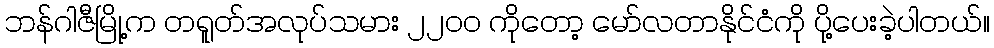
ဘန်ဂါဇီမြို့က တရူတ်အလုပ်သမား ၂၂၀၀ ကိုတော့ မော်လတာနိုင်ငံကို ပို့ပေးခဲ့ပါတယ်။